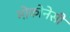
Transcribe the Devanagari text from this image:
मोकोनेसी